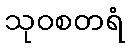
သုဝစတရံ